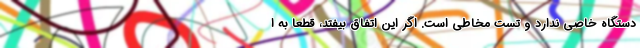
دستگاه خاصی ندارد و تست مخاطی است. اگر این اتفاق بیفتد، قطعا به ا